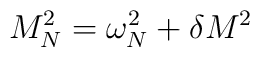
M_N^2=\omega_N^2+\delta M^2